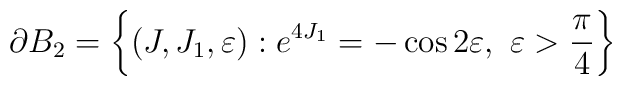
\partial B_2= \left\{ (J,J_1,\varepsilon):e^{4J_1} = - \cos2\varepsilon,\ \varepsilon > \frac{\pi}{4} \right\}